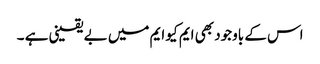
اس کے باوجود بھی ایم کیو ایم میں بے یقینی ہے ۔